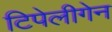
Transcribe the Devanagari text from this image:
टिपेलीगेन